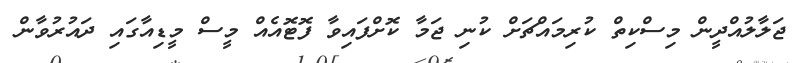
ޖަލާލުއްދީން މިސްކިތް ކުރިމައްޗަށް ކުނި ޖަމާ ކޮށްފައިވާ ފޮޓޮއެއް މީސް މީޑިއާގައި ދައުރުވާން